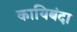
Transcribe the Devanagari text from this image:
कायिबंदा